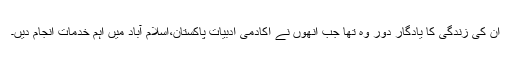
ان کی زندگی کا یادگار دور وہ تھا جب انھوں نے اکادمی ادبیات پاکستان،اسلام آباد میں اہم خدمات انجام دیں۔